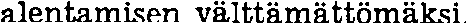
alentamisen välttämättömäksi.